On the action of the venoms of the cobra (Naja tripudians) and of the daboia (Daboia russellii) on the red blood corpuscles and on the blood plasma - Number 4
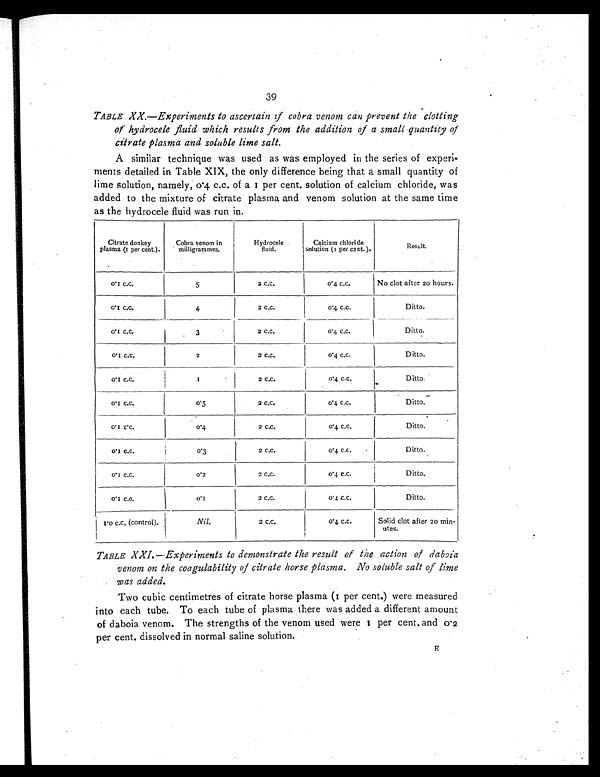
39
TABLE XX.—Experiments to ascertain if cobra venom can prevent the clotting
of hydrocele fluid which results from the addition of a small quantity of
citrate plasma and soluble lime salt.
A similar technique was used as was employed in the series of experi-
ments detailed in Table XIX, the only difference being that a small quantity of
lime solution, namely, 0.4. c.c. of a 1 per cent. solution of calcium chloride, was
added to the mixture of citrate plasma and venom solution at the same time
as the hydrocele fluid was run in.
Citrate donkey
plasma (1 per cent).
Cobra venom in
milligrammes.
Hydrocele
fluid.
Calcium chloride
solution (1 per cent.).
Result.
0 . 1 c . c .
5
2 c . c .
0 . 4 c . c . No clot after 20 hours.
0.1 c.c.
4
2 c.c.
0.4 c.c.
Ditto.
0.1 c.c.
3
2 c . c .
0.4 c.c.
Ditto.
0.1 c.c.
2
2 c . c .
0 . 4 c . c .
Ditto.
0.1 c.c.
1
2 c.c.
0.4 c.c.
Ditto.
0.1 c.c.
0.5
2 c.c.
0 . 4 c . c .
Ditto.
0.1 c.c.
0 . 4 2 c . c .
0.4 c.c.
Ditto.
0.1 c.c.
0.3.
2 c . c .
0.4 c.c.
Ditto.
0.1 c.c.
0.2
2 c . c .
0 . 4 c . c .
Ditto.
0.1 c.c.
0 . 1 2 c . c .
0.4. c.c.
Ditto.
1.0 c.c. (control).
Nil.
2 c . c .
0.4 c.c.
Solid clot after 20 min-
utes.
TABLE XXI.—Experiments to demonstrate the result of the action of daboia
venom on the coagulability of citrate horse plasma. No soluble salt of lime
was added.
Two cubic centimetres of citrate horse plasma (1 per cent.) were measured
into each tube. To each tube of plasma there was added a different amount
of daboia venom. The strengths of the venom used were 1 per cent, and 0.2
per cent. dissolved in normal saline solution.
E